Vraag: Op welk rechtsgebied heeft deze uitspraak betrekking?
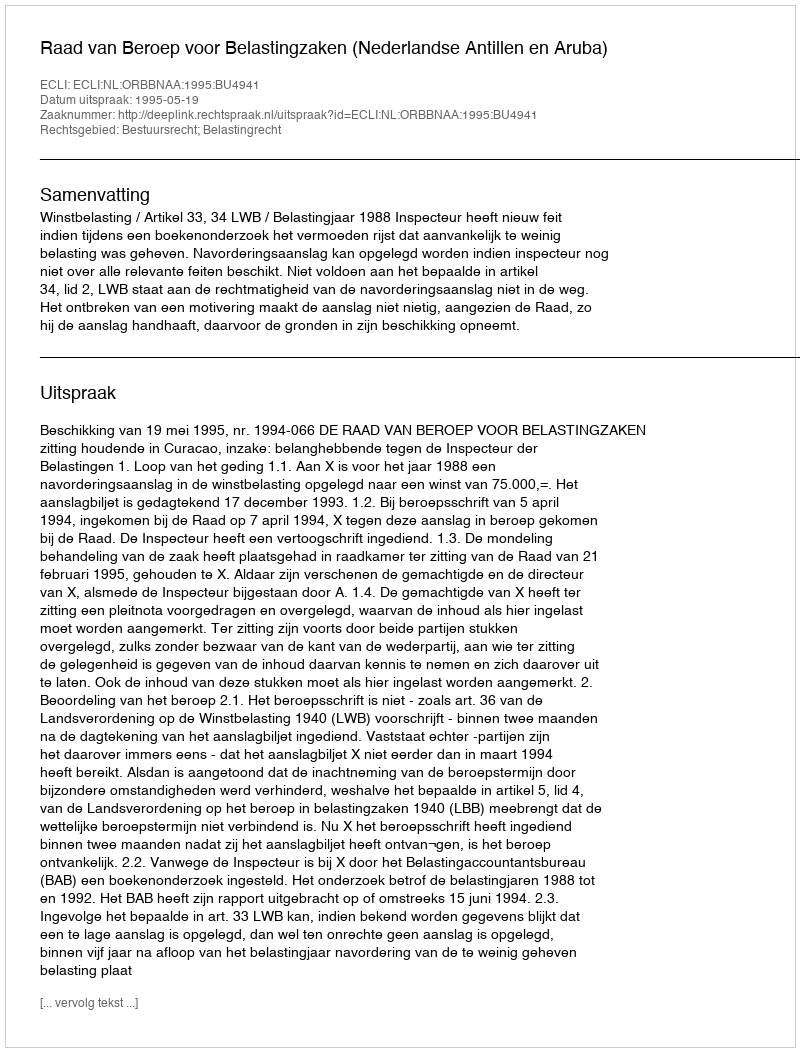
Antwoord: Bestuursrecht; Belastingrecht